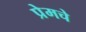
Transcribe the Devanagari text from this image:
प्रेमचे